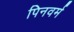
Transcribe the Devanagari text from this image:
पिनवर्म